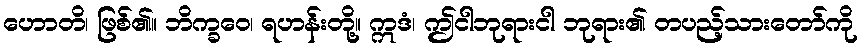
ဟောတိ၊ ဖြစ်၏။ ဘိက္ခဝေ၊ ရဟန်းတို့။ ဣဒံ၊ ဤငါဘုရားငါ ဘုရား၏ တပည့်သားတော်ကို